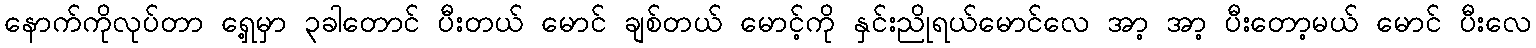
နောက်ကိုလုပ်တာ ရှေ့မှာ ၃ခါတောင် ပီးတယ် မောင် ချစ်တယ် မောင့်ကို နှင်းညိုရယ်မောင်လေ အာ့ အာ့ ပီးတော့မယ် မောင် ပီးလေ